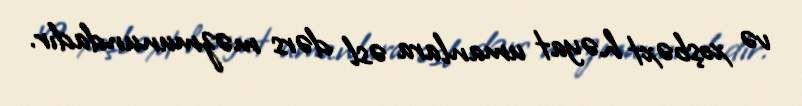
və xoşbəxt həyat umanlara əsl dərs məzmunundadır.